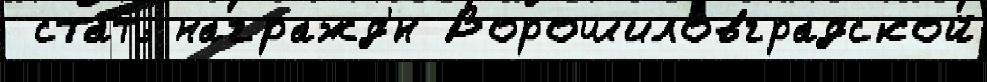
 стать награжд'́н Ворошиловградской